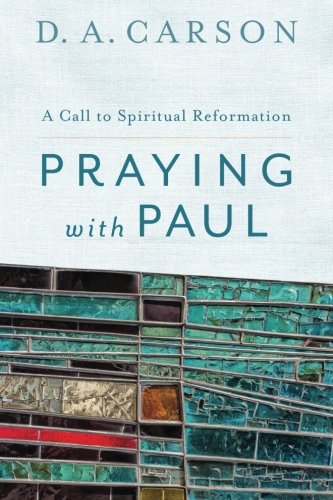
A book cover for Praying with Paul: A Call to Spiritual Reformation; D. A. Carson; Christian Books & Bibles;